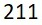
211